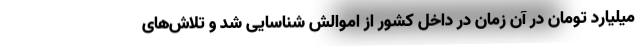
میلیارد تومان در آن زمان در داخل کشور از اموالش شناسایی شد و تلاش‌های